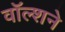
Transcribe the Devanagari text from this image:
वॉल्शने